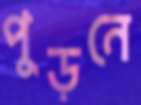
পুড়নে